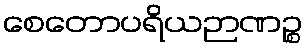
စေတောပရိယဉာဏဉ္စ